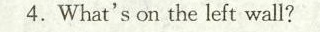
4.What's on the left wall?